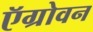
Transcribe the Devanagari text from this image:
ऍग्रोवन